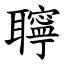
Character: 聹